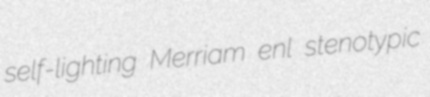
self-lighting Merriam enl stenotypic